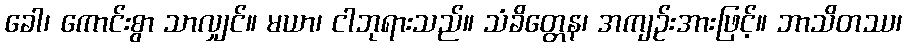
ခေါ၊ ကောင်းစွာ သာလျှင်။ မယာ၊ ငါဘုရားသည်။ သံခိတ္တေန၊ အကျဉ်းအားဖြင့်။ ဘာသိတဿ၊